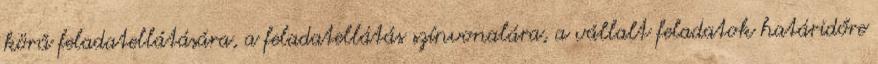
körű feladatellátására, a feladatellátás színvonalára, a vállalt feladatok határidőre